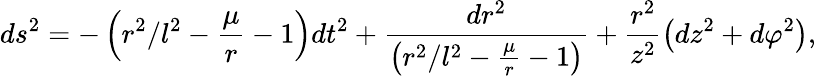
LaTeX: ds^{2}=-\left(r^{2}/l^{2}-\frac{\mu}{r}-1\right)dt^{2}+\frac{dr^{2}}{\left(r^{2}/l^{2}-\frac{\mu}{r}-1\right)}+\frac{r^{2}}{z^{2}}\left(dz^{2}+d\varphi^{2}\right),